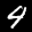
Label: 4